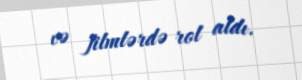
və filmlərdə rol aldı.